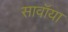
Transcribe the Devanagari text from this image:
सावॉया